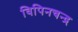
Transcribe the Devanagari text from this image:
विपिनचन्द्र